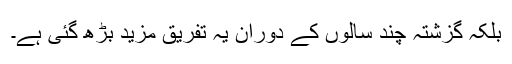
بلکہ گزشتہ چند سالوں کے دوران یہ تفریق مزید بڑھ گئی ہے۔